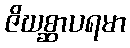
ဇိဃစ္ဆာပရမာ